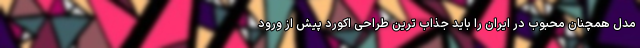
مدل همچنان محبوب در ایران را باید جذاب ترین طراحی اکورد پیش از ورود